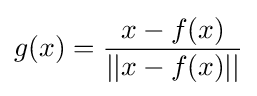
g(x)={\frac {x-f(x)}{||x-f(x)||}}